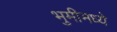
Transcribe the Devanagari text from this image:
भुमीमध्ये